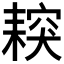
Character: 𦔅